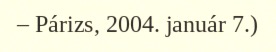
– Párizs, 2004. január 7.)